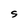
Character: S